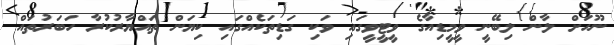
ނޫހަށް ލާން ލިބޭނީ ވީމީޑިއާގެ ވީޓީވީގައި ވަކި ގަޑިތަކެއްގައި ކިޔަން ތައްޔާރުކުރާ ހަބަރުތައް